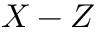
X - Z